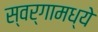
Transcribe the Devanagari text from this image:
स्वर्गामध्ये